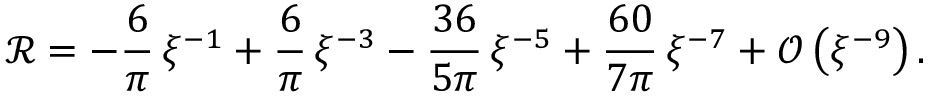
\mathcal { R } = - \frac { 6 } { \pi } \, \xi ^ { - 1 } + \frac { 6 } { \pi } \, \xi ^ { - 3 } - \frac { 3 6 } { 5 \pi } \, \xi ^ { - 5 } + \frac { 6 0 } { 7 \pi } \, \xi ^ { - 7 } + \mathcal { O } \left( \xi ^ { - 9 } \right) .